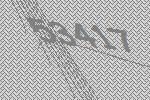
53417